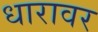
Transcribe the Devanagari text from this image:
धारावर